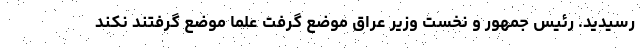
رسیدید. رئیس جمهور و نخست وزیر عراق موضع گرفت علما موضع گرفتند نکند